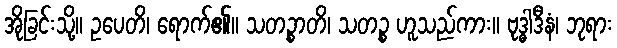
အိုခြင်းသို့။ ဥပေတိ၊ ရောက်၏။ သတဉ္စာတိ၊ သတဉ္စ ဟူသည်ကား။ ဗုဒ္ဓါဒီနံ၊ ဘုရား